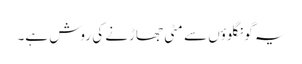
یہ گونگلوؤں سے مٹی جھاڑنے کی روش ہے۔